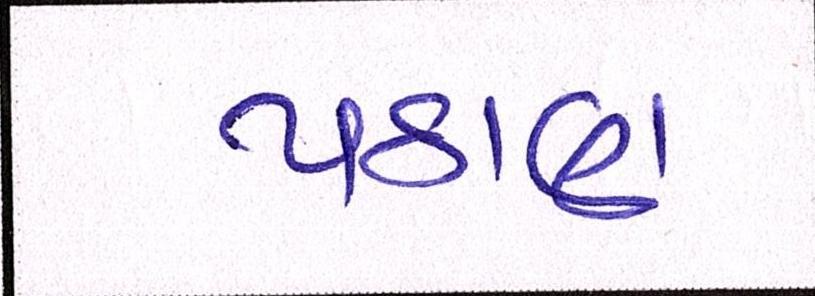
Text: પઠાણ